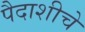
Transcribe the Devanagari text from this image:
पैदाशीचे